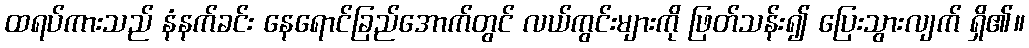
ထရပ်ကားသည် နံနက်ခင်း နေရောင်ခြည်အောက်တွင် လယ်ကွင်းများကို ဖြတ်သန်း၍ ပြေးသွားလျက် ရှိ၏။